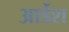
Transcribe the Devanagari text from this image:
आर्डेश